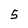
Character: 5